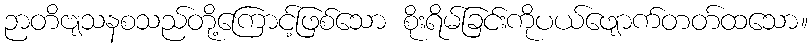
ဉာတိဗျသနစသည်တို့ကြောင့်ဖြစ်သော စိုးရိမ်ခြင်းကိုပယ်ဖျောက်တတ်ထသော။